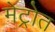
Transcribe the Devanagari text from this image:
मेट्रोत